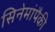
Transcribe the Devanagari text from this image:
सिनेमांपैकी